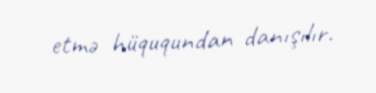
etmə hüququndan danışılır.